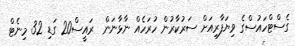
ގެސްޓްހައުސްގެ ވިޔަފާރިއަށް ސަރުކާރުން ހުރަހެއް ނާޅާނަން  ރައީސް20 ގަޑި 32 މިނެޓް